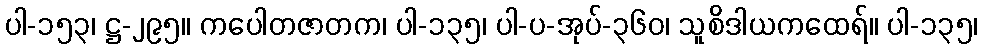
ပါ-၁၅၃၊ ဋ္ဌ-၂၉၅။ ကပေါတဇာတက၊ ပါ-၁၃၅၊ ပါ-ပ-အုပ်-၃၆၀၊ သူစိဒါယကထေရ်။ ပါ-၁၃၅၊